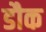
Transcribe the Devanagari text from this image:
डौक